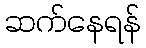
ဆက်နေရန်